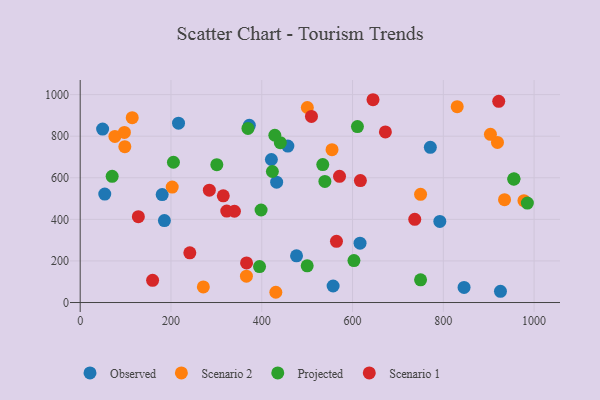
{"axis": {"x": "Ad Spend", "y": "Demand"}, "legend": ["Observed", "Projected", "Scenario 1", "Scenario 2"], "data": [{"x": "49.4", "y": 834.1, "type": "Observed"}, {"x": "185.5", "y": 394.3, "type": "Observed"}, {"x": "372.6", "y": 852.1, "type": "Observed"}, {"x": "557.2", "y": 79.6, "type": "Observed"}, {"x": "771.4", "y": 746.3, "type": "Observed"}, {"x": "476.6", "y": 224.7, "type": "Observed"}, {"x": "54.1", "y": 521.8, "type": "Observed"}, {"x": "457.5", "y": 752.5, "type": "Observed"}, {"x": "792.3", "y": 390.1, "type": "Observed"}, {"x": "216.6", "y": 862.5, "type": "Observed"}, {"x": "925.9", "y": 53.7, "type": "Observed"}, {"x": "845.7", "y": 72.5, "type": "Observed"}, {"x": "180.6", "y": 519.2, "type": "Observed"}, {"x": "616.5", "y": 285.3, "type": "Observed"}, {"x": "432.8", "y": 578.9, "type": "Observed"}, {"x": "421.2", "y": 687.9, "type": "Observed"}, {"x": "114.6", "y": 888.9, "type": "Scenario 2"}, {"x": "919.3", "y": 770.2, "type": "Scenario 2"}, {"x": "903.8", "y": 809.0, "type": "Scenario 2"}, {"x": "98.3", "y": 749.6, "type": "Scenario 2"}, {"x": "431.0", "y": 49.3, "type": "Scenario 2"}, {"x": "76.4", "y": 798.8, "type": "Scenario 2"}, {"x": "500.4", "y": 938.0, "type": "Scenario 2"}, {"x": "366.2", "y": 126.7, "type": "Scenario 2"}, {"x": "202.7", "y": 555.4, "type": "Scenario 2"}, {"x": "934.9", "y": 494.5, "type": "Scenario 2"}, {"x": "97.4", "y": 818.3, "type": "Scenario 2"}, {"x": "749.9", "y": 520.4, "type": "Scenario 2"}, {"x": "554.8", "y": 735.2, "type": "Scenario 2"}, {"x": "977.6", "y": 489.9, "type": "Scenario 2"}, {"x": "830.6", "y": 942.0, "type": "Scenario 2"}, {"x": "271.3", "y": 74.9, "type": "Scenario 2"}, {"x": "500.1", "y": 176.6, "type": "Projected"}, {"x": "205.4", "y": 674.7, "type": "Projected"}, {"x": "603.1", "y": 202.0, "type": "Projected"}, {"x": "539.1", "y": 582.3, "type": "Projected"}, {"x": "440.9", "y": 768.9, "type": "Projected"}, {"x": "395.1", "y": 172.9, "type": "Projected"}, {"x": "955.3", "y": 593.4, "type": "Projected"}, {"x": "70.4", "y": 607.1, "type": "Projected"}, {"x": "955.7", "y": 595.4, "type": "Projected"}, {"x": "428.8", "y": 804.5, "type": "Projected"}, {"x": "985.2", "y": 478.4, "type": "Projected"}, {"x": "610.8", "y": 846.4, "type": "Projected"}, {"x": "423.4", "y": 630.1, "type": "Projected"}, {"x": "369.6", "y": 837.2, "type": "Projected"}, {"x": "301.0", "y": 662.8, "type": "Projected"}, {"x": "749.9", "y": 109.1, "type": "Projected"}, {"x": "398.5", "y": 445.1, "type": "Projected"}, {"x": "534.4", "y": 663.6, "type": "Projected"}, {"x": "672.4", "y": 820.3, "type": "Scenario 1"}, {"x": "159.5", "y": 107.0, "type": "Scenario 1"}, {"x": "241.5", "y": 239.2, "type": "Scenario 1"}, {"x": "128.1", "y": 413.1, "type": "Scenario 1"}, {"x": "737.1", "y": 400.0, "type": "Scenario 1"}, {"x": "564.6", "y": 294.4, "type": "Scenario 1"}, {"x": "284.5", "y": 540.2, "type": "Scenario 1"}, {"x": "339.8", "y": 439.0, "type": "Scenario 1"}, {"x": "509.5", "y": 895.2, "type": "Scenario 1"}, {"x": "366.5", "y": 190.6, "type": "Scenario 1"}, {"x": "315.2", "y": 513.2, "type": "Scenario 1"}, {"x": "645.1", "y": 975.4, "type": "Scenario 1"}, {"x": "571.3", "y": 606.9, "type": "Scenario 1"}, {"x": "922.1", "y": 967.6, "type": "Scenario 1"}, {"x": "617.3", "y": 586.5, "type": "Scenario 1"}, {"x": "322.9", "y": 440.0, "type": "Scenario 1"}]}